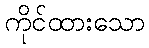
ကိုင်ထားသော